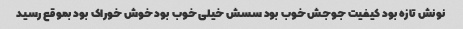
نونش تازه بود کیفیت جوجش خوب بود سسش خیلی خوب بود خوش خوراک بود بموقع رسید